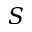
S